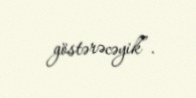
göstərəcəyik”.